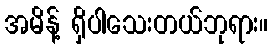
အမိန့် ရှိပါသေးတယ်ဘုရား။